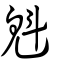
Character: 魁